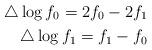
LaTeX: \begin{align*}\triangle\log f_0=2f_0-2f_{1}\\\triangle\log f_1=f_1-f_0\end{align*}